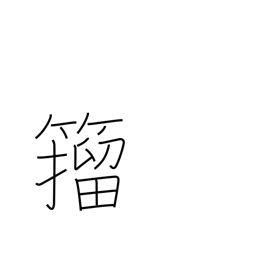
Meaning: a style of calligraphy